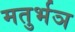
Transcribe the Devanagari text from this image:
मतुर्भञ